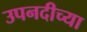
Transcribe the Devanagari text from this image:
उपनदीच्या